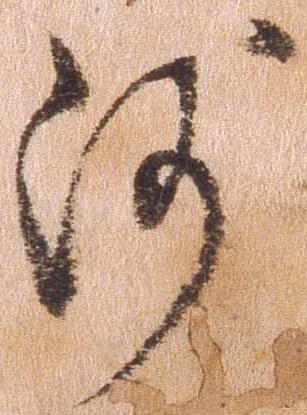
沙